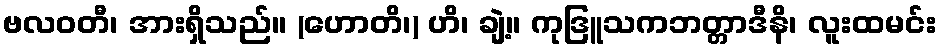
ဗလဝတီ၊ အားရှိသည်။ (ဟောတိ၊) ဟိ၊ ချဲ့။ ကုဒြူသကဘတ္တာဒီနိ၊ လူးထမင်း